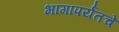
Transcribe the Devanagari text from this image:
भागापर्यतचे